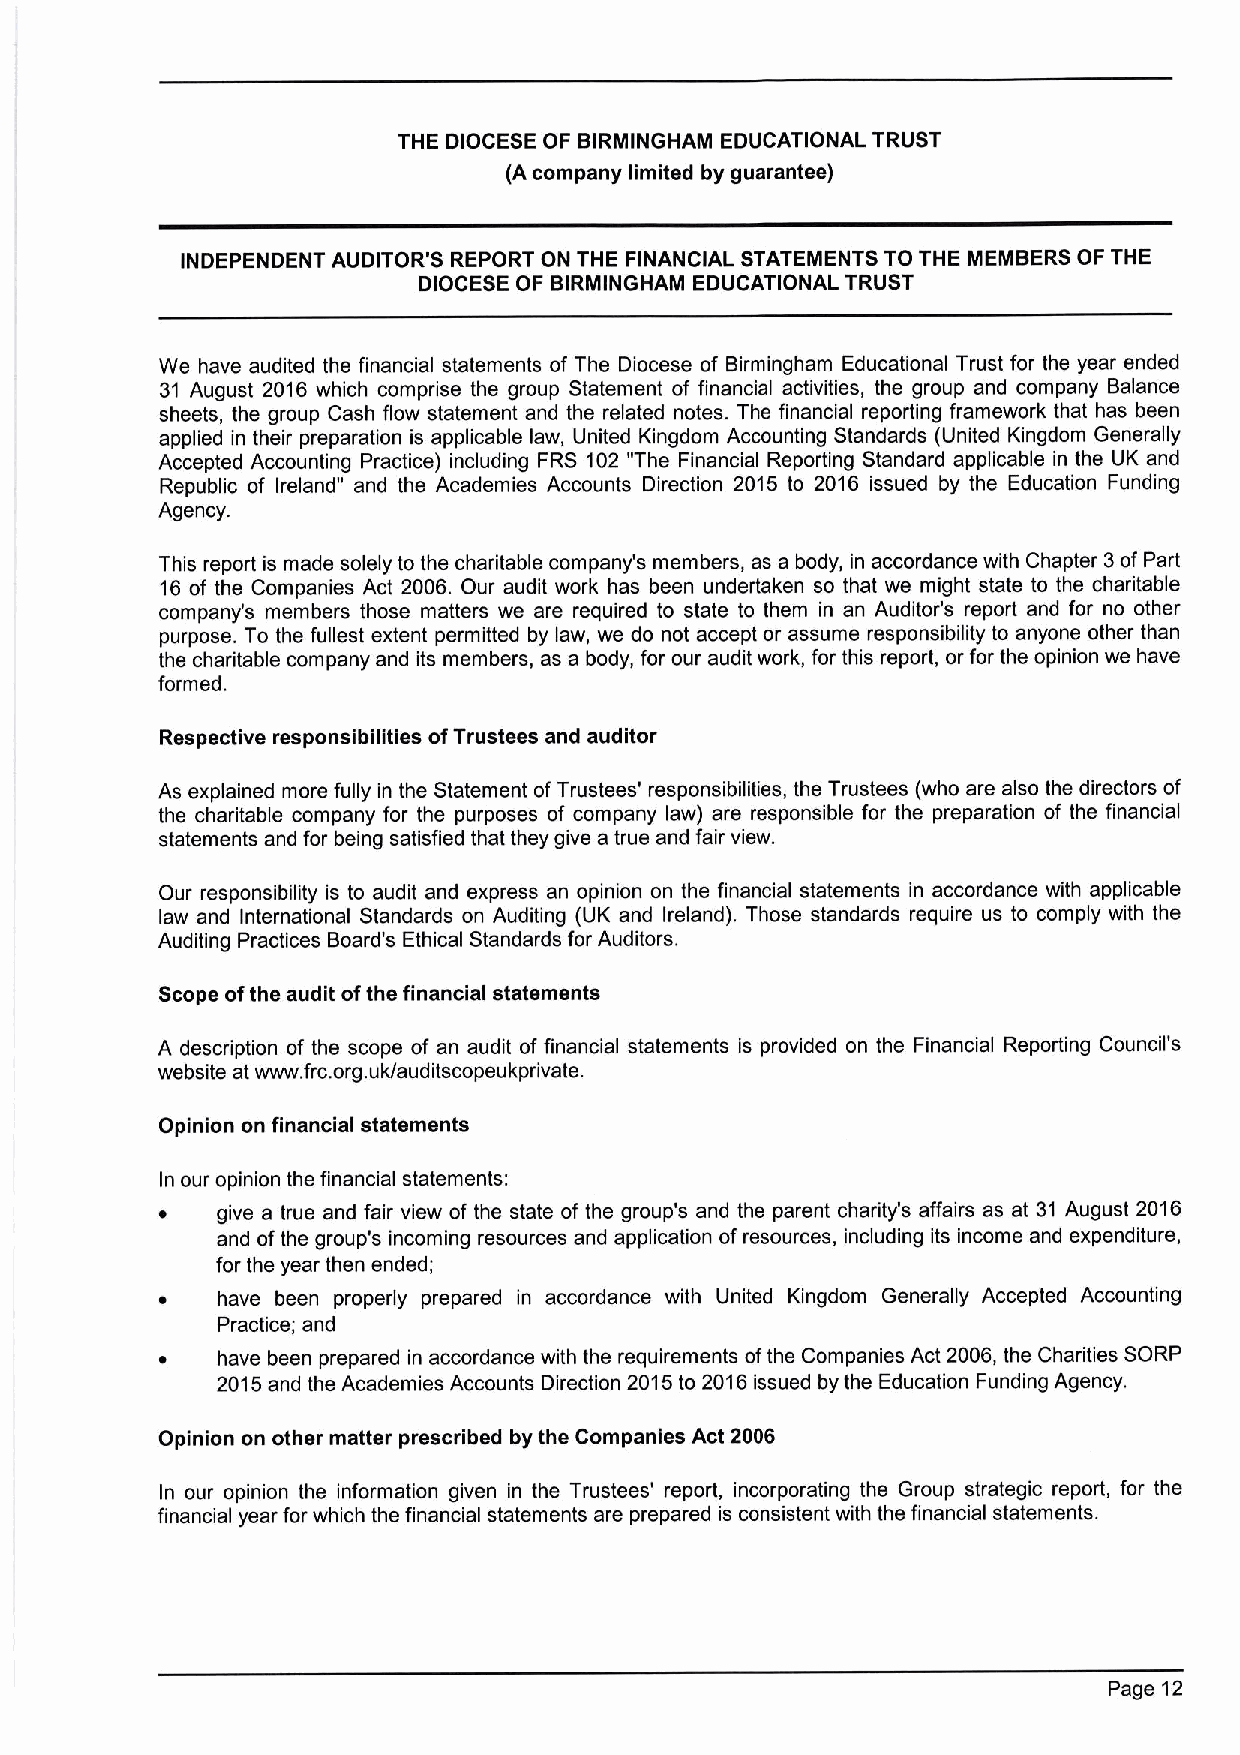
THE DIOCESE OF BIRMINGHAM EDUCATIONAL TRUST
 (A company limited by guarantee)
 INDEPENDENT AUDITOR'S REPORT ON THE FINANCIAL STATEMENTS TO THE MEMBERS OF THE
 DIOCESE OF BIRMINGHAM EDUCATIONAL TRUST
 We have audited the financial statements of The Diocese of Birmingham Educational Trust for the year ended
 31 August 2016 which comprise the group Statement of financial activities, the group and company Balance
 sheets, the group Cash flow statement and the related notes. The financial reporting framework that has been
 applied in their preparation is applicable law, United Kingdom Accounting Standards (United Kingdom Generally
 Accepted Accounting Practice) including FRS 102 "The Financial Reporting Standard applicable in the UK and
 Republic of Ireland" and the Academies Accounts Direction 2015 to 2016 issued by the Education Funding
 Agency.
 This report is made solely to the charitable company's members, as a body, in accordance with Chapter 3of Part
 16 of the Companies Act 2006. Our audit work has been undertaken so that we might state to the charitable
 company's members those matters we are required to state to them in an Auditor's report and for no other
 purpose. To the fullest extent permitted by law, we do not accept or assume responsibility to anyone other than
 the charitable company and its members, as a body, for our audit work, for this report, or for the opinion we have
 formed.
 Respective responsibilities ofTrustees and auditor
 As explained more fully in the Statement ofTrustees' responsibilities, the Trustees (who are also the directors of
 the charitable company for the purposes of company law) are responsible for the preparation of the financial
 statements and for being satisfied that they give a true and fair view.
 Our responsibility is to audit and express an opinion on the financial statements in accordance with applicable
 law and International Standards on Auditing (UK and Ireland). Those standards require us to comply with the
 Auditing Practices Board's Ethical Standards for Auditors.
 Scope ofthe audit ofthe financial statements
 A description of the scope of an audit of financial statements is provided on the Financial Reporting Council's
 website at www. frc.org.uk/auditscopeukprivate.
 Opinion on financial statements
 In our opinion the financial statements:
 ~  give a true and fair view of the state of the group's and the parent charity's affairs as at 31 August 2016
 and ofthe group's incoming resources and application of resources, including its income and expenditure,
 for the year then ended;
 ~  have been properly prepared in accordance with United Kingdom Generally Accepted Accounting
 Practice; and
 ~  have been prepared in accordance with the requirements ofthe Companies Act 2006, the Charities SORP
 2015and the Academies Accounts Direction 2015to 2016issued by the Education Funding Agency.
 Opinion on other matter prescribed by the Companies Act 2006
 In our opinion the information given in the Trustees' report, incorporating the Group strategic report, for the
 financial year for which the financial statements are prepared is consistent with the financial statements.
 Page 12